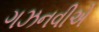
ગઝનવીએ